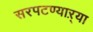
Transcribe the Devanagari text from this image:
सरपटण्याऱ्या